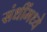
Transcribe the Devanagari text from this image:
संधींमध्ये